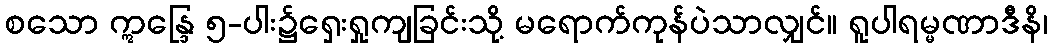
စသော ဣန္ဒြေ ၅-ပါး၌ရှေးရှုကျခြင်းသို့ မရောက်ကုန်ပဲသာလျှင်။ ရူပါရမ္မဏာဒီနိ၊